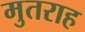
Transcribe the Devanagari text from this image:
मुतराह